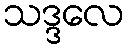
သဒ္ဒလေ